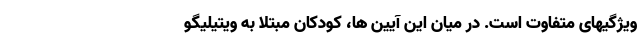
ویژگیهای متفاوت است. در میان این آیین ها، کودکان مبتلا به ویتیلیگو